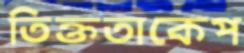
তিক্ততাকেপ